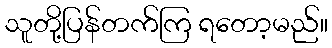
သူတို့ပြန်တက်ကြ ရတော့မည်။